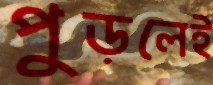
পুড়লেই